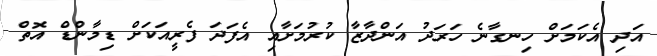
އަދި އެކަމަށް ހިނގާނެ ހަރަދު އަންދާޒާ ކުރުމަށާއި އެފަދަ ފެރީއަކަށް ޑިމާންޑް އޮތް